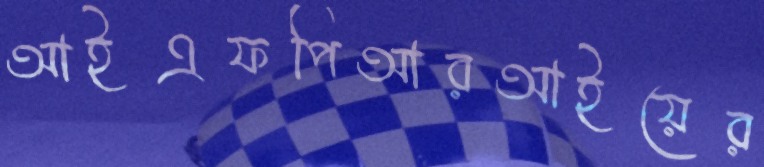
আইএফপিআরআইয়ের